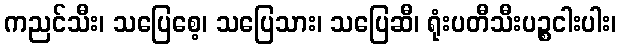
ကညင်သီး၊ သပြေစေ့၊ သပြေသား၊ သပြေဆီ၊ ရုံးပတီသီးပဉ္စငါးပါး၊